Distribution and causation of leprosy in British India
Year: 1875
Disease focus: Leprosy
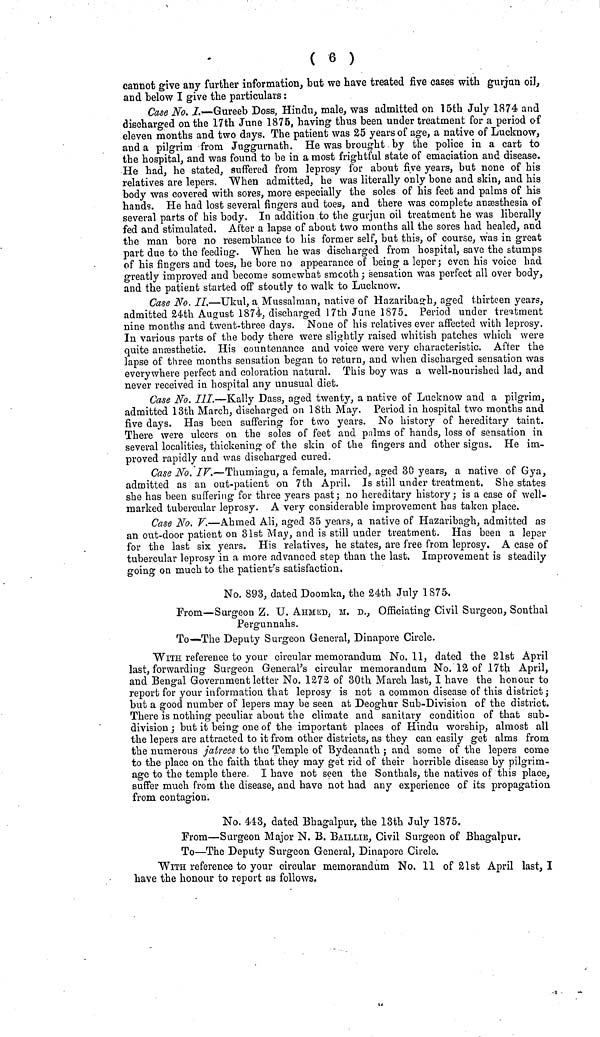
( 6 )
cannot give any further information, bat we have treated five cases with gurjnn oil,
and below I give the particulars :
Case No. /.—Gureeb Doss, Hindu, male, was admitted on 15th July 1874 and
discharged on the 17th June 1875, having thus been under treatment for a period of
eleven months and two days. The patient was 25 years of age, a native of Lucknow,
and a pilgrim from Juggurnath. He was brought by the police in a cart to
the hospital, and was found to be in a most frightful state of emaciation and disease.
He had, he stated, suffered from leprosy for about five years, but none of his
relatives are lepers. When admitted, he was literally only bone and skin, and his
body was covered with sores, more especially the soles of his feet and palms of his
hands. He had lost several fingers and toes, and there was complete ansesthesia of
several parts of his body. In addition to the gurjun oil treatment he was liberally
fed and stimulated. After a lapse of about two months all the sores had healed, and
the man bore no resemblance to his former self, but this, of course, was in great
part due to the feeding. When he was discharged from hospital, save the stumps
of his fingers and toes, he bore no appearance of being a leper ; even his voice had
greatly improved and become somewhat smooth ; sensation was perfect all over body,
and the patient started off stoutly to walk to Lucknow.
Case No. II.—Ukul, a Mussalman, native of Hazaribao-h, aged thirteen years,
admitted 24th August 1874, discharged 17th June 1875. Period under treatment
nine months and twent-three days. None of his relatives ever affected with leprosy.
In various parts of the body there were slightly raised whitish patches which were
quite anaesthetic. His countenance and voice were very characteristic. After the
lapse of three months sensation began to return, and when discharged sensation was
everywhere perfect and coloration natural. This boy was a well-nourished lad, and
never received in hospital any unusual diet.
Case No. III.—Kally Dass, aged twenty, a native of Lucknow and a pilgrim,
admitted 13th March, discharged on 18th May. Period in hospital two months and
five days. Has been suffering for two years. No history of hereditary taint.
There were ulcers on the soles of feet and palms of hands, loss of sensation in
several localities, thickening· of the skin of the fingers and other signs. He im-
proved rapidly and was discharged cured.
Case No. IV.—Thumiagu, a female, married, aged 30 years, a native of Gya,
admitted as an out-patient on 7th April. Is still under treatment. She states
she has been suffering for three years past; no hereditary history; is a case of well-
marked tubercular leprosy. A very considerable improvement has taken place.
Case No. V.—Ahmed Ali, aged 35 years, a native of Hazaribagh, admitted as
an out-door patient on 31st May, and is still under treatment. Has been a leper
for the last six years. His relatives, he states, are free from leprosy. A case of
tubercular leprosy in a more advanced step than the last. Improvement is steadily
going on much to the patient's satisfaction.
No. 893, dated Doomka, the 24th July 1875.
From—Surgeon Z. U. AHMED, M. D., Officiating Civil Surgeon, Sonthal
Pergunnahs.
To—The Deputy Surgeon General, Dinapore Circle.
WITH reference to your circular memorandum No. 11, dated the 21st April
last, forwarding Surgeon General's circular memorandum No. 12 of 17th April,
and Bengal Government letter No. 1272 of 30th March last, I have the honour to
report for your information that leprosy is not a common disease of this district ;
but a good number of lepers may be seen at Deoghur Sub-Division of the district.
There is nothing peculiar about the climate and sanitary condition of that sub-
division ; but it being one of the important places of Hindu worship, almost all
the lepers are attracted to it from other districts, as they can easily get alms from
the numerous jatrees to the Temple of Bydeanath ; and some of the lepers come
to the place on the faith that they may get rid of their horrible disease by pilgrim-
age to the temple there I have not seen the Sonthals, the natives of this place,
suffer much from the disease, and have not had any experience of its propagation
from contagion.
No. 443, dated Bhagalpur, the 13th July 1875.
From—Surgeon Major N. B. BAILLIB, Civil Surgeon of Bhagalpur.
To—The Deputy Surgeon General, Dinapore Circle.
WITH reference to your circular memorandum No. 11 of 21st April last, I
have the honour to report as follows.